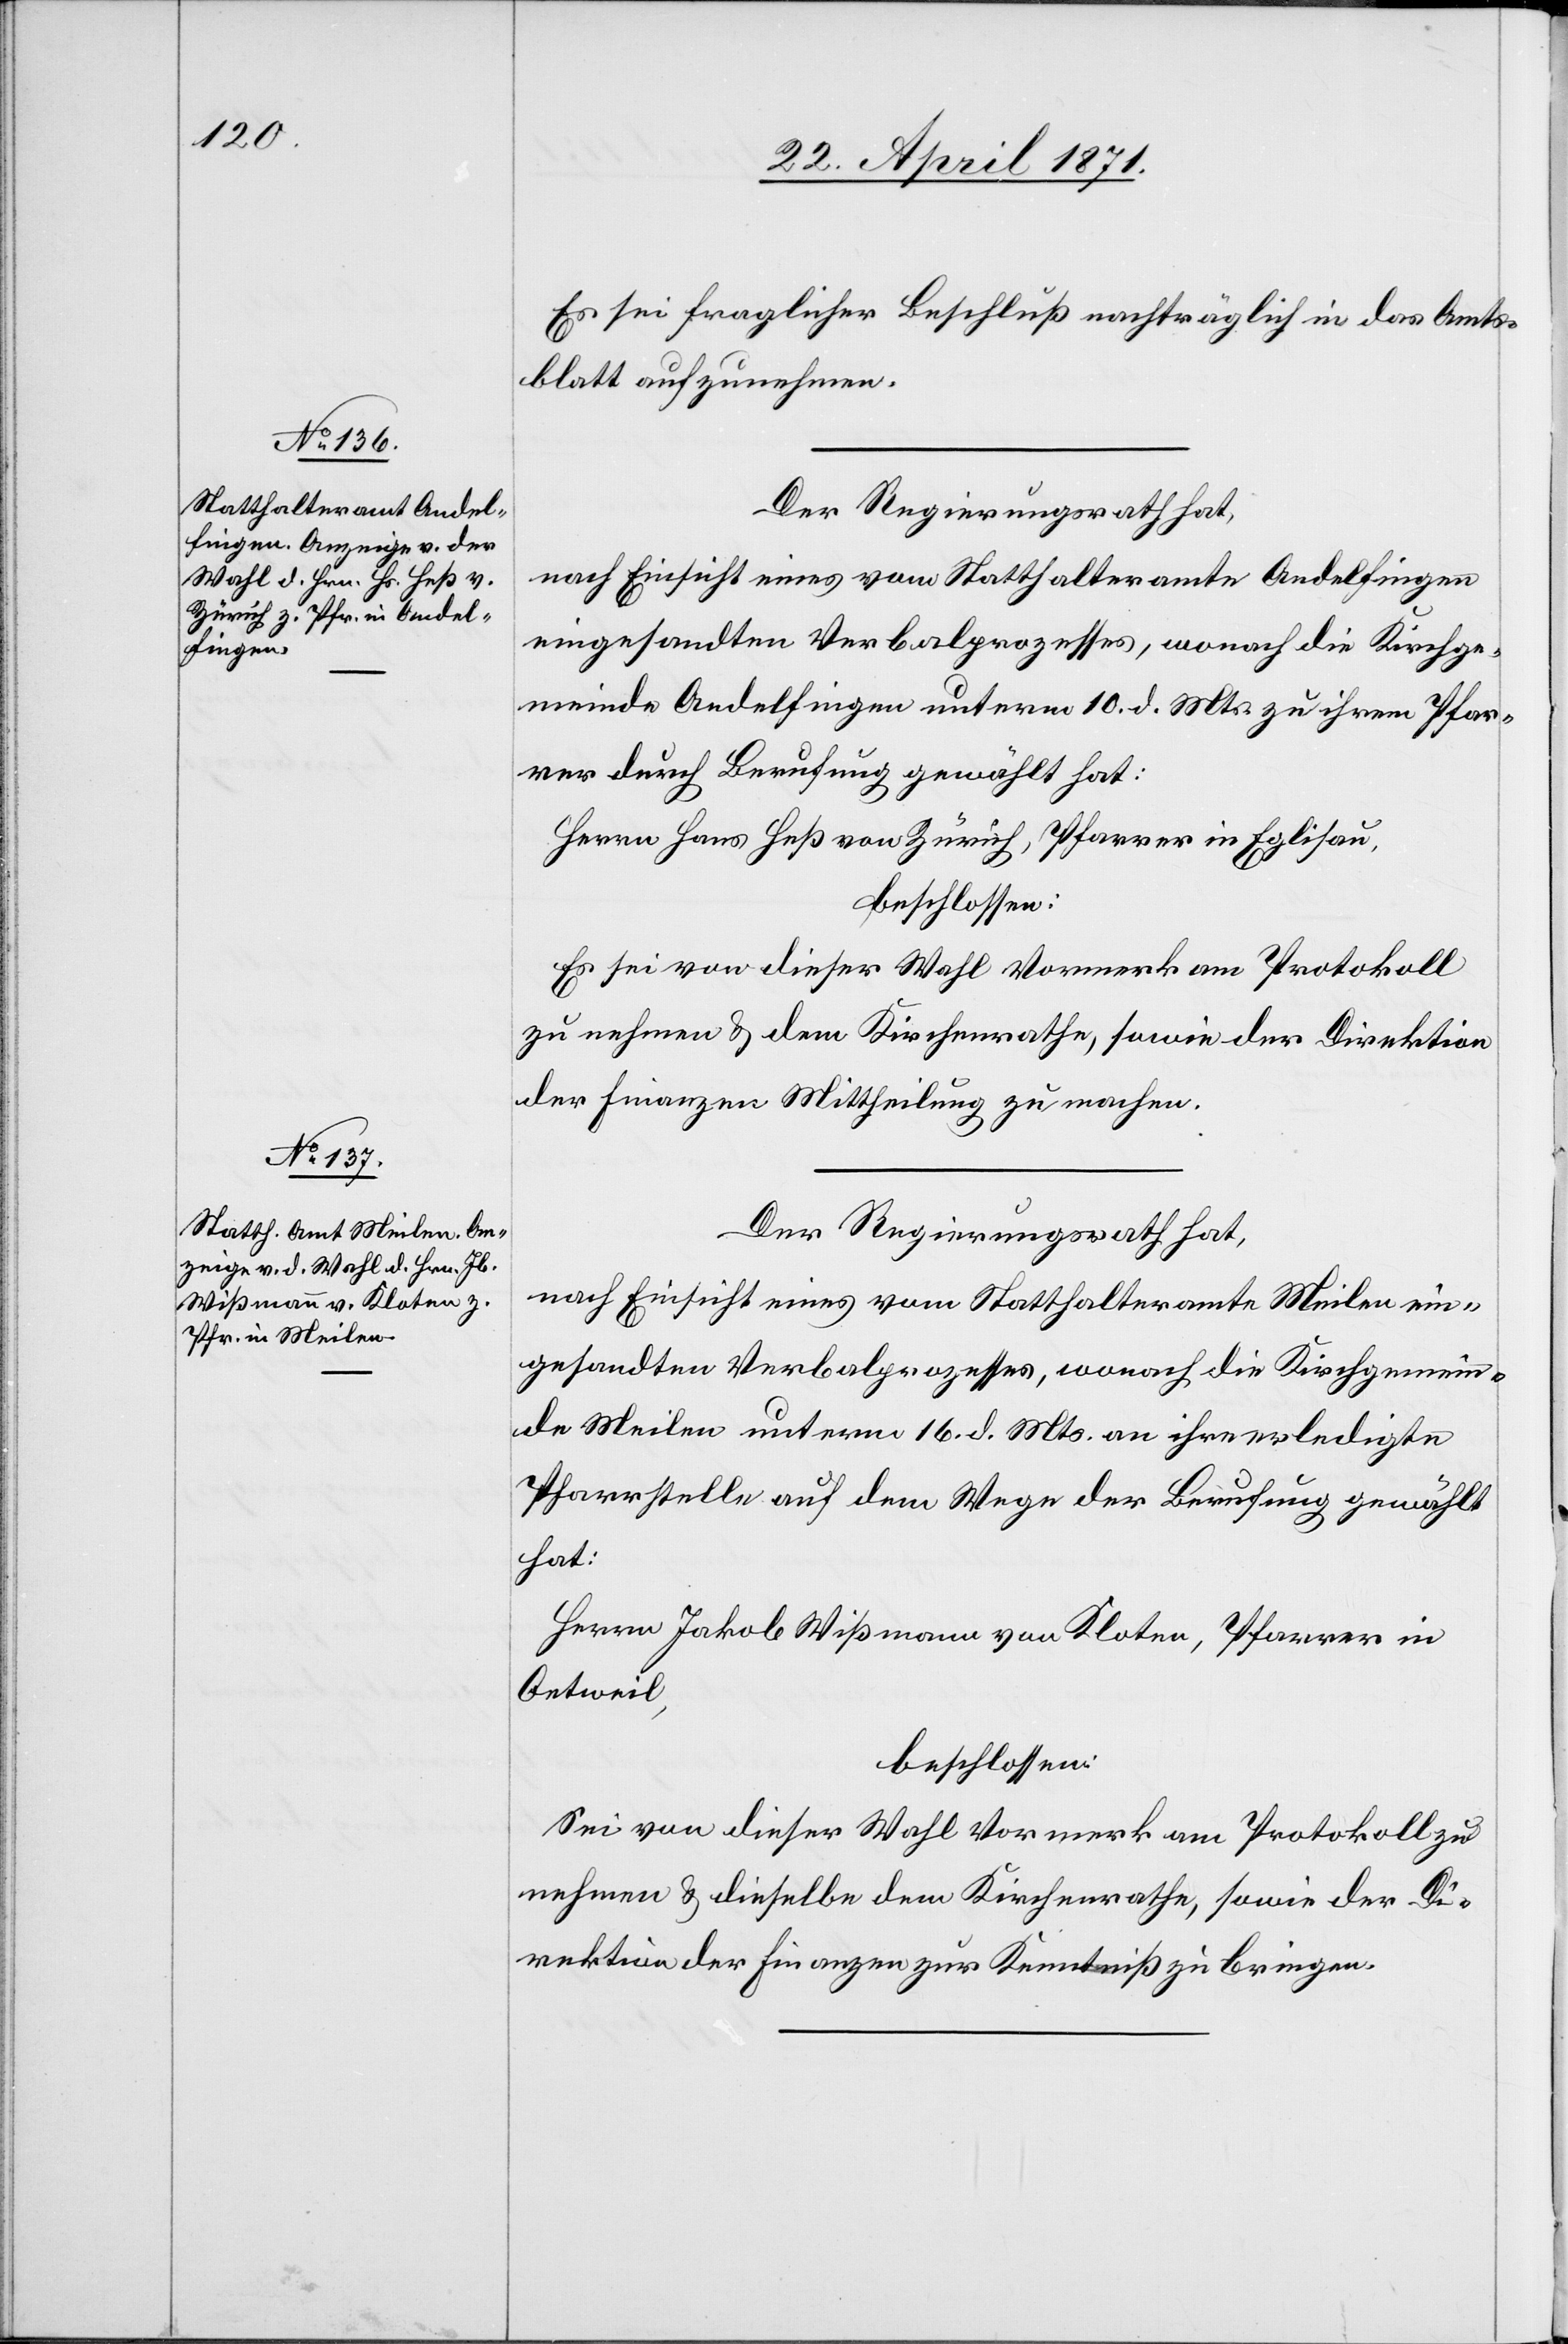
Es sei fraglicher Beschluß nachträglich in das Amts¬
blatt aufzunehmen.
Der Regierungsrath hat,
nach Einsicht eines vom Statthalteramte Andelfingen
eingesandten Verbalprozesses, wonach die Kirchge¬
meinde Andelfingen unterm 10. d. Mts. zu ihrem Pfar¬
rer durch Berufung gewählt hat:
Herrn Hans Heß von Zürich, Pfarrer in Eglisau,
beschlossen:
Es sei von dieser Wahl Vormerk am Protokoll
zu nehmen u. dem Kirchenrathe, sowie der Direktion
der Finanzen Mittheilung zu machen.
Der Regierungsrath hat,
nach Einsicht eines vom Statthalteramte Meilen ein¬
gesandten Verbalprozesses, wonach die Kirchgemein¬
de Meilen unterm 16. d. Mts. an ihre erledigte
Pfarrstelle auf dem Wege der Berufung gewählt
hat:
Herr Jakob Wißmann von Kloten, Pfarrer in
Oetweil,
beschlossen:
Sei von dieser Wahl Vormerk am Protokoll zu
nehmen u. dieselbe dem Kirchenrathe, sowie der Di¬
rektion der Finanzen zur Kenntniß zu bringen.